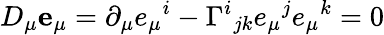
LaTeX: D_{\mu}{\mathbf e}_{\mu}=\partial_{\mu}e_{\mu}{}^{i}-\Gamma^{i}{}_{jk}e_{\mu}{}^{j}e_{\mu}{}^{k}=0